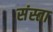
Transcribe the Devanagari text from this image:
संस्ता